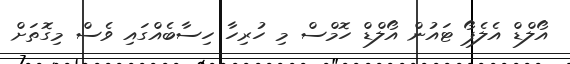
އޯލްޑް އެލެޕޯ ޓައުން އޯލްޑް ހޮމްސް މި ހުރިހާ ހިސާބެއްގައި ވެސް މިގޮތަށް